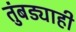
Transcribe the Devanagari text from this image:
तुंबड्याही